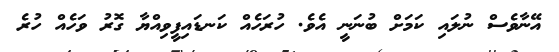
އޭނާވެސް ނުލައި ކަމަށް ބުނަނީ އެވެ. ހުރަހެއް ކަނޑައިފީވިއްޔާ ގޮރު ވަހެއް ހުރެ